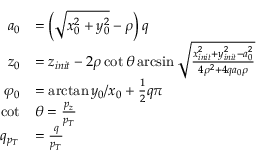
\begin{array} { r l } { a _ { 0 } } & { = \left( \sqrt { x _ { 0 } ^ { 2 } + y _ { 0 } ^ { 2 } } - \rho \right) q } \\ { z _ { 0 } } & { = z _ { i n i t } - 2 \rho \cot { \theta } \arcsin { \sqrt { \frac { x _ { i n i t } ^ { 2 } + y _ { i n i t } ^ { 2 } - a _ { 0 } ^ { 2 } } { 4 \rho ^ { 2 } + 4 q a _ { 0 } \rho } } } } \\ { \varphi _ { 0 } } & { = \arctan { y _ { 0 } / x _ { 0 } } + \frac { 1 } { 2 } q \pi } \\ { \cot } & { \theta = \frac { p _ { z } } { p _ { T } } } \\ { q _ { p _ { T } } } & { = \frac { q } { p _ { T } } } \end{array}